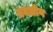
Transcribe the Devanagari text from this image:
तबलीग